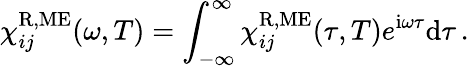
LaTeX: \chi_{ij}^{\mathrm{R,ME}}(\omega,T)=\int_{-\infty}^{\infty}\chi_{ij}^{\mathrm{R,ME}}(\tau,T)e^{\mathrm{i}\omega\tau}\mathrm{d}\tau\, .